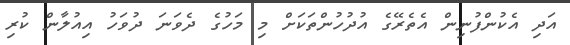
އަދި އެކުންފުނިން އެތެރޭގެ އުދުހުންތަކަށް މި މަހުގެ ދެވަނަ ދުވަހު އިއުލާން ކުރި